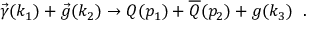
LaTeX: \vec { \gamma } ( k _ { 1 } ) + \vec { g } ( k _ { 2 } ) \rightarrow Q ( p _ { 1 } ) + \overline { { { Q } } } ( p _ { 2 } ) + g ( k _ { 3 } ) \; \; .